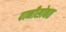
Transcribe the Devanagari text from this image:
पत्नीसोबत